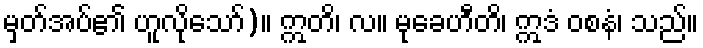
မှတ်အပ်၏ ဟူလိုသော်)။ ဣတိ၊ လ။ မုခေဟီတိ၊ ဣဒံ ဝစနံ၊ သည်။